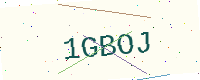
Text: 1GBOJ